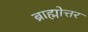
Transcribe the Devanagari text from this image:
ब्राह्मोत्तर